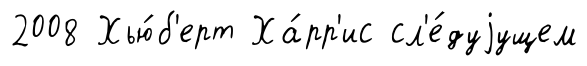
2008 Хью́б'ерт Ха́рр'ис сл'е́дуjущем